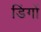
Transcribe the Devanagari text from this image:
डिंगों